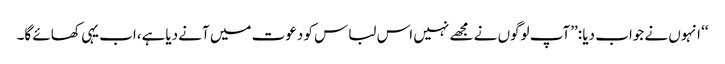
‘‘ انہوں نے جواب دیا :’’آپ لوگوں نے مجھے نہیں اس لباس کو دعوت میں آنے دیاہے،اب یہی کھائے گا۔